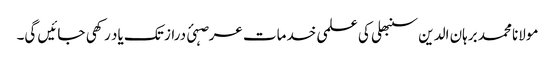
مولانا محمد برہان الدین سنبھلی کی علمی خدمات عرصہئ دراز تک یاد رکھی جائیں گی۔